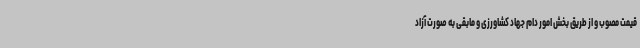
قیمت مصوب و از طریق بخش امور دام جهاد کشاورزی و مابقی به صورت آزاد